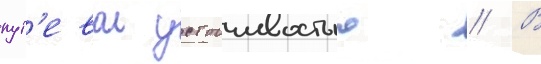
пут'евои устоичивостью // В